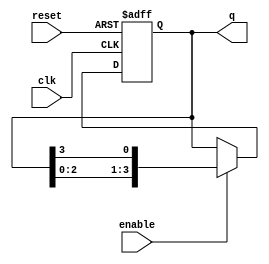
module ring_counter #(
    parameter N = 4  // Number of flip-flops
)(
    input wire clk,       // Clock input
    input wire reset,     // Reset input
    input wire enable,    // Enable input
    output reg [N-1:0] q // Output state of the ring counter
);

    // Initial state
    initial begin
        q = 1'b1; // Set the initial state to 100...0
    end

    always @(posedge clk or posedge reset) begin
        if (reset) begin
            // Reset the counter to the initial state
            q <= 1'b1;
        end else if (enable) begin
            // Shift the ring counter
            q <= {q[N-2:0], q[N-1]}; // Shift left and wrap around
        end
    end

endmodule